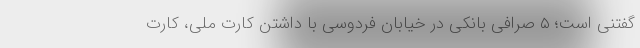
گفتنی است؛ ۵ صرافی بانکی در خیابان فردوسی با داشتن کارت ملی، کارت